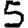
Digit: 5